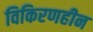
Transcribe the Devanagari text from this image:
विकिरणहीन